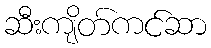
ဆီးကျိတ်ကင်ဆာ